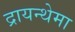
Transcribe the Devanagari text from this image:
द्रायन्थेमा